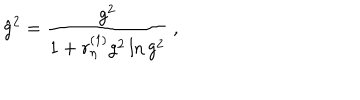
{ \hat { g } } ^ { 2 } = \frac { g ^ { 2 } } { 1 + r _ { \eta } ^ { ( 1 ) } g ^ { 2 } \ln g ^ { 2 } } \ ,